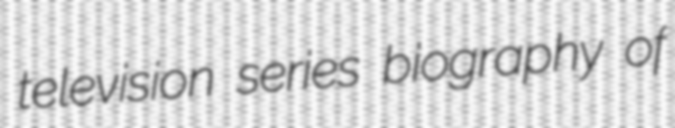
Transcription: television series biography of